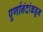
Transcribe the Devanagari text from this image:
पूर्णानंदांकडून